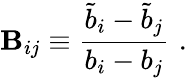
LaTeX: \mathbf{B}_{ij}\equiv{\frac{{\tilde{{b}}_{i}-\tilde{{b}}_{j}}}{{b_{i}-b_{j}}}}\, \, .